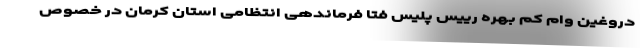
دروغین وام کم بهره رییس پلیس فتا فرماندهی انتظامی استان کرمان در خصوص